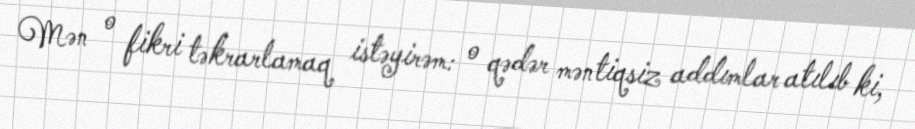
Mən o fikri təkrarlamaq istəyirəm: o qədər məntiqsiz addımlar atılıb ki,